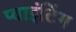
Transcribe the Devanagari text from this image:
प्वाइंटिंग